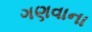
ગણવાના